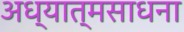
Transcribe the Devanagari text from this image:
अध्यात्मसाधना